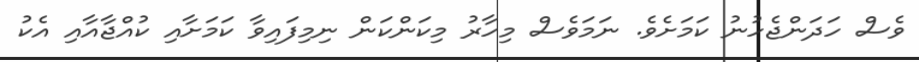
ވެސް ހަދަންޖެހުނު ކަމަށެވެ. ނަމަވެސް މިހާރު މިކަންކަން ނިމިފައިވާ ކަމަށާއި ކުއްޖާއާއި އެކު